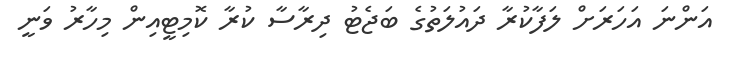
އަންނަ އަހަރަށް ލަފާކުރާ ދައުލަތުގެ ބަޖެޓު ދިރާސާ ކުރާ ކޮމިޓީއިން މިހާރު ވަނީ